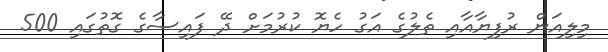
މިލިއަން ރުފިޔާއާއި ތެލުގެ އަގު ހެޔޮ ކުރުމަށް ދޭ ފައިސާގެ ގޮތުގައި 500